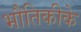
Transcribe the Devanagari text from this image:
भौतिकीके